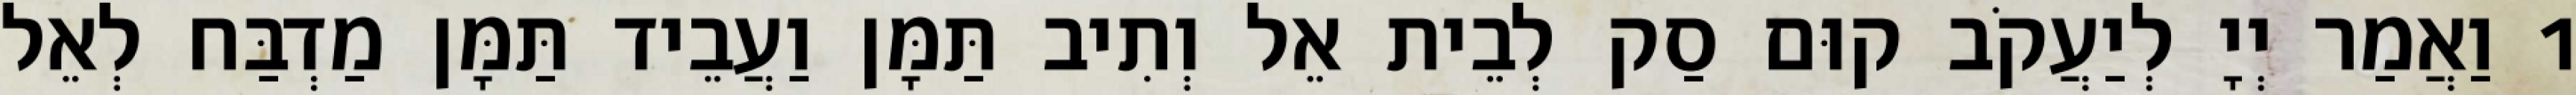
1 וַאֲמַר יְיָ לְיַעֲקֹב קוּם סַק לְבֵית אֵל וְתִיב תַּמָּן וַעֲבֵיד תַּמָּן מַדְבַּח לְאֵל